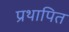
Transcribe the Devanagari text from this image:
प्रथापित